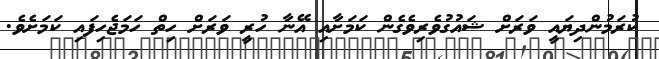
ކުރަމުންދިޔައީ ވަރަށް ޝައުގުވެރިވެގެން ކަމަށާއި އޭނާ ހުރީ ވަރަށް ހިތް ހަމަޖެހިފައި ކަމަށެވެ.